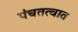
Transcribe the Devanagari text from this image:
पंचतत्वात